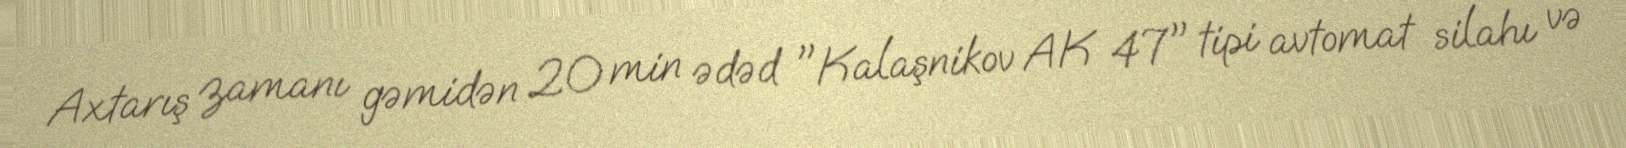
Axtarış zamanı gəmidən 20 min ədəd "Kalaşnikov AK 47" tipi avtomat silahı və